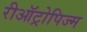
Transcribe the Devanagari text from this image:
रीऑट्रोपिज्म